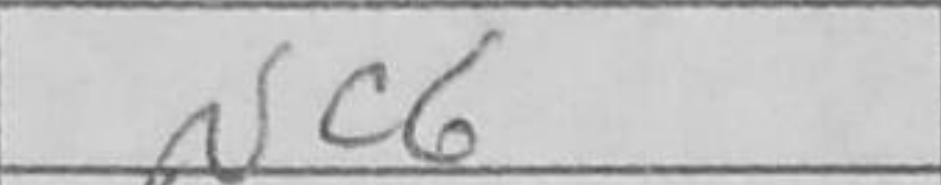
Transcription: Nc6